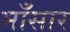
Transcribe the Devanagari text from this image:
माँसार